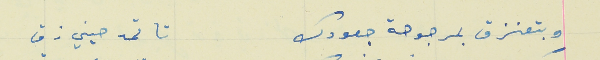
وبتعنزق بمرجوحة جعودك                                     تا تمدحيني زق